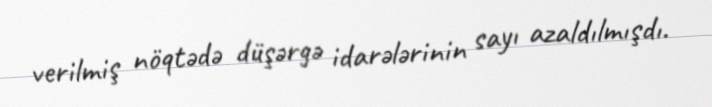
verilmiş nöqtədə düşərgə idarələrinin sayı azaldılmışdı.